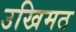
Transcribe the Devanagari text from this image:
उखिमठ